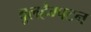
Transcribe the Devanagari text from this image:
वूलहैम्पटन